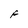
Character: F